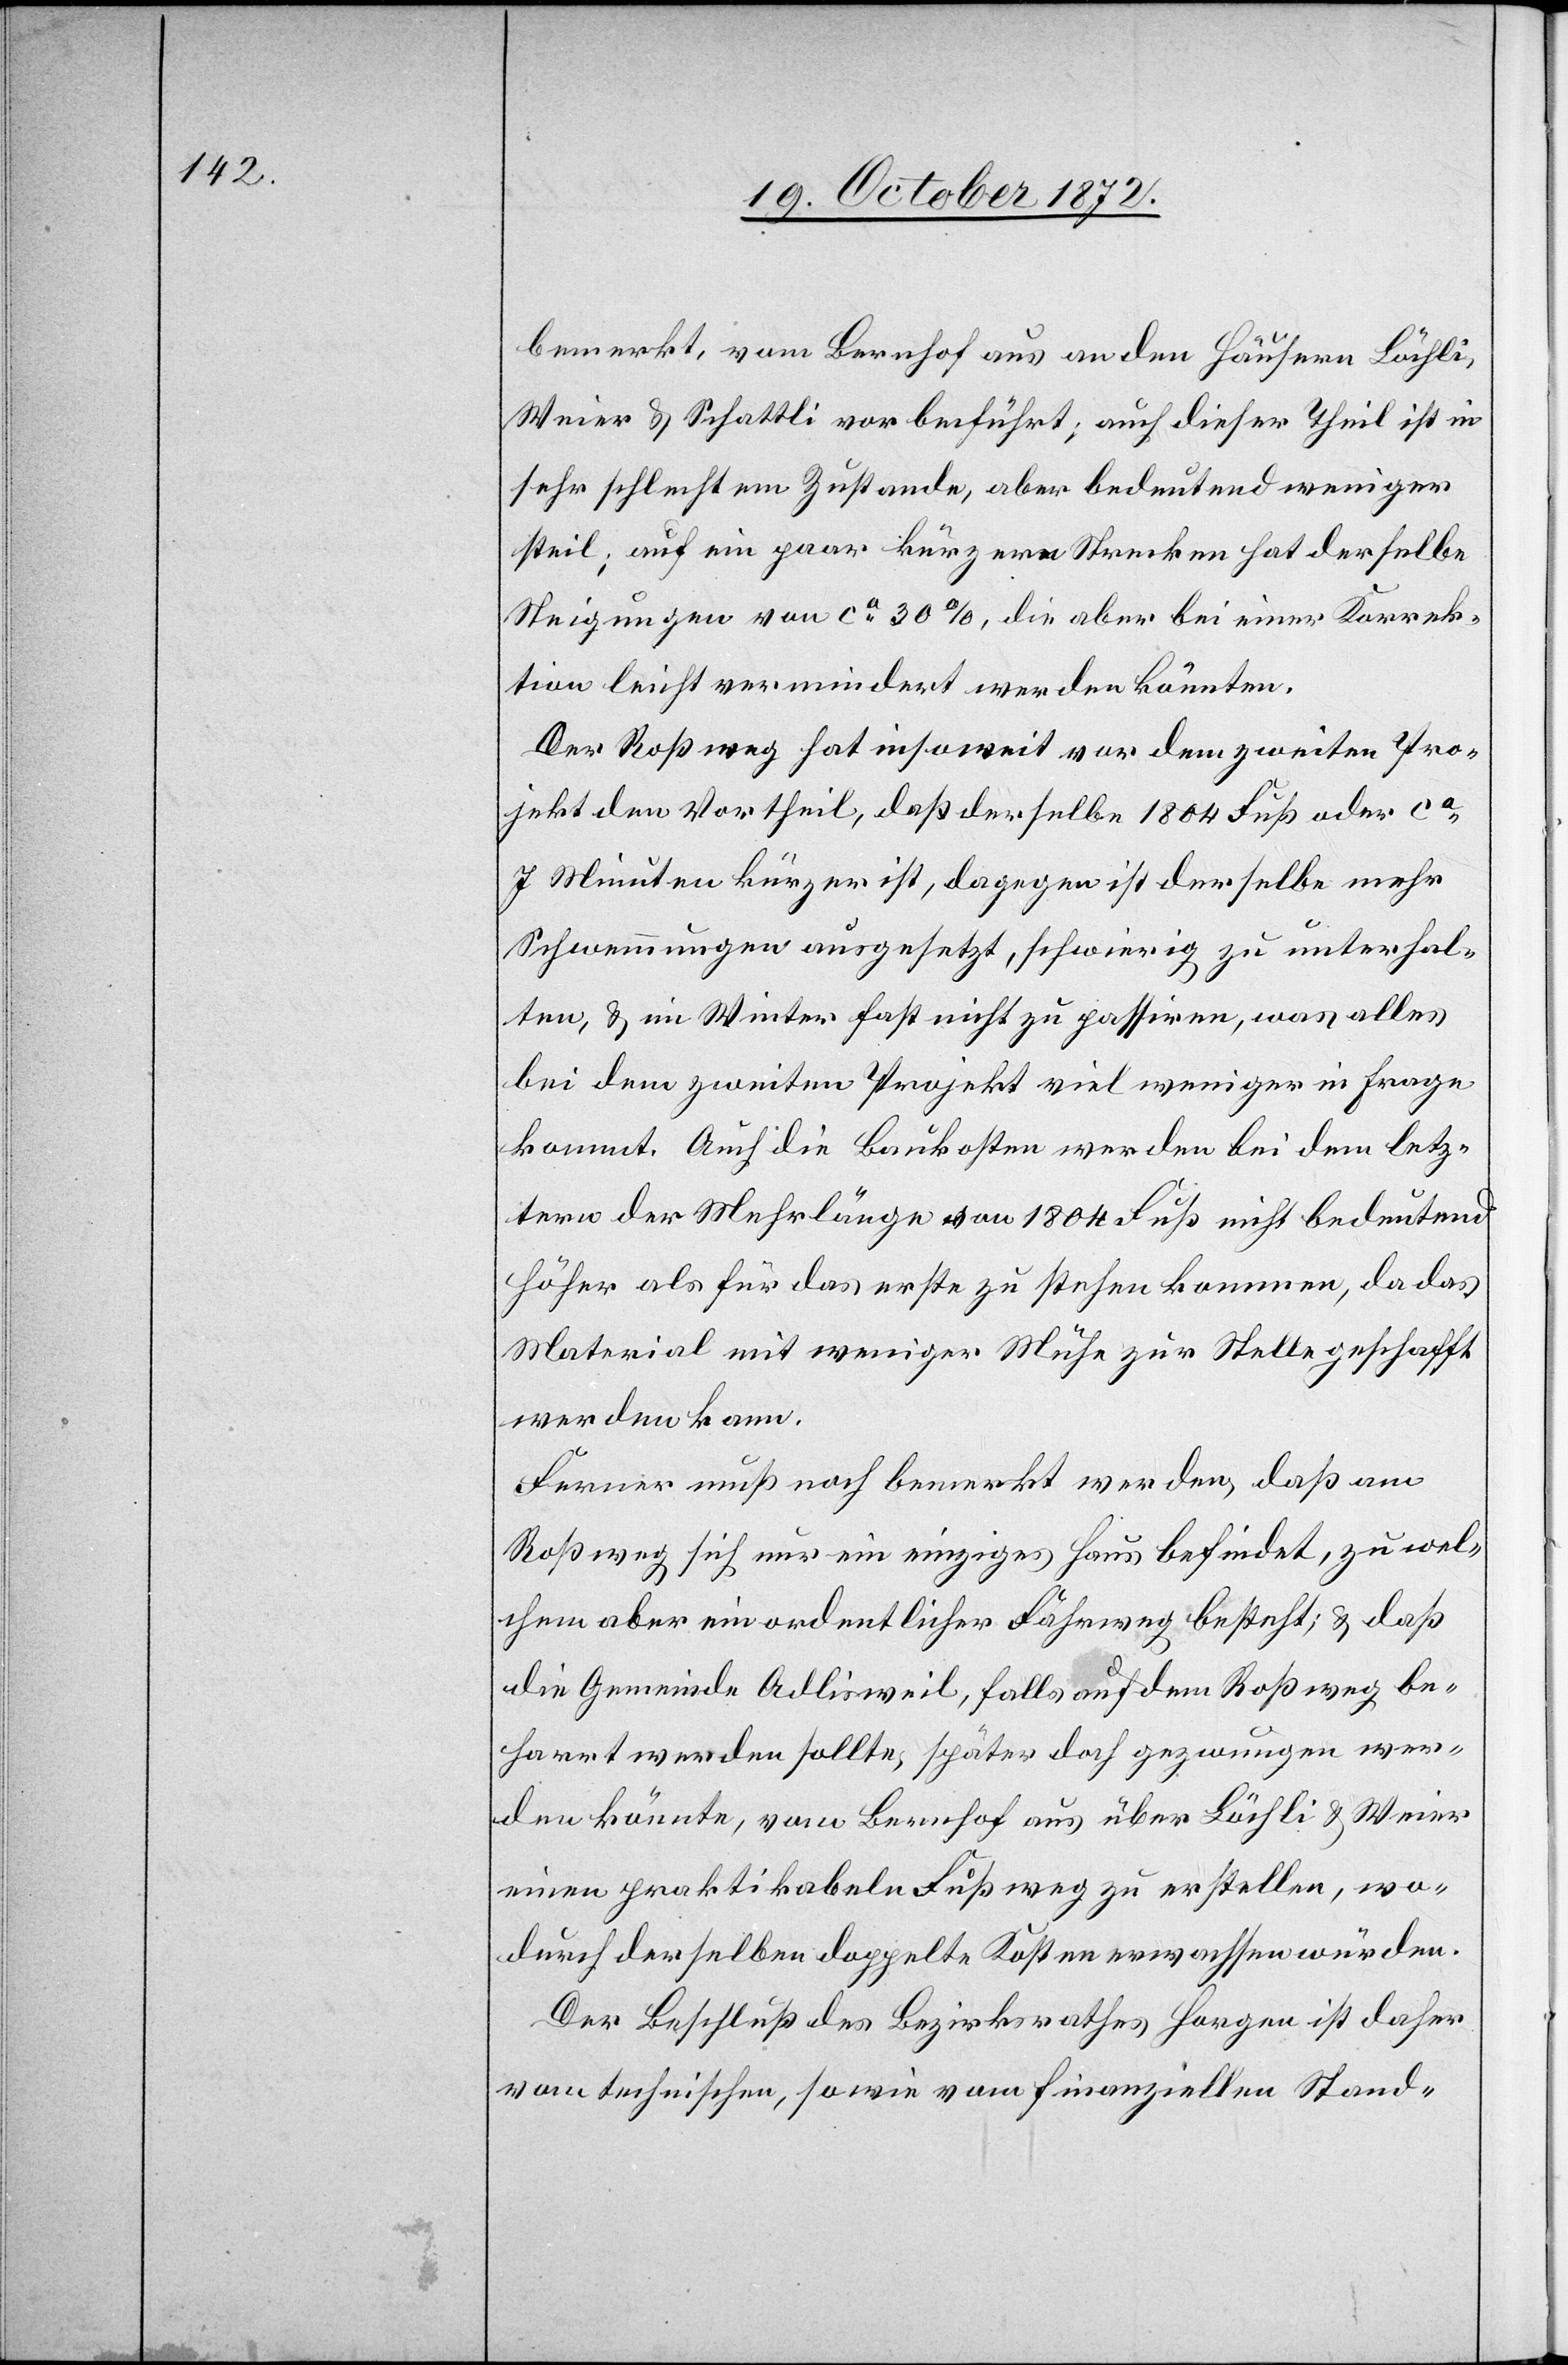
bemerkt, vom Bernhof aus an den Häusern Löchli,
Weier u. Schattli vorbeiführt; auch dieser Theil ist in
sehr schlechtem Zustande, aber bedeutend weniger
steil; auf ein paar kürzern Strecken hat derselbe
Steigungen von ca 30%, die aber bei einer Korrek¬
tion leicht vermindert werden könnten.
Der Roßweg hat insoweit vor dem zweiten Pro¬
jekt den Vortheil, daß derselbe 1804 Fuß oder ca
7 Minuten kürzer ist, dagegen ist derselbe mehr
Schwemmungen ausgesetzt, schwierig zu unterhal¬
ten, u. im Winter fast nicht zu passiren, was alles
bei dem zweiten Projekt viel weniger in Frage
kommt. Auch die Baukosten werden bei dem letz¬
tern der Mehrlänge von 1804 Fuß nicht bedeutend
höher als für das erste zu stehen kommen, da das
Material mit weniger Mühe zur Stelle geschafft
werden kann.
Ferner muß noch bemerkt werden, daß am
Roßweg sich nur ein einziges Haus befindet, zu wel¬
chem aber ein ordentlicher Fährweg besteht; u. daß
die Gemeinde Adlisweil, falls auf dem Roßweg be¬
harrt werden sollte, später doch gezwungen wer¬
den könnte, vom Bernhof aus über Löchli u. Weier
einen praktikabeln Fußweg zu erstellen, wo¬
durch derselben doppelte Kosten erwachsen würden.
Der Beschluß des Bezirksrathes Horgen ist daher
vom technischen, sowie vom finanziellen Stand-